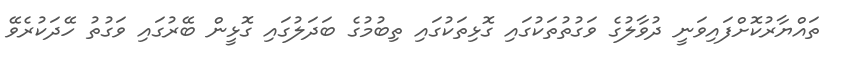
ތައްޔާރުކޮށްފައިވަނީ ދުވާލުގެ ވަގުތުތަކުގައި ގޮޅިތަކުގައި ތިބުމުގެ ބަދަލުގައި ގޮޅީން ބޭރުގައި ވަގުތު ހޭދަކުރެވޭ